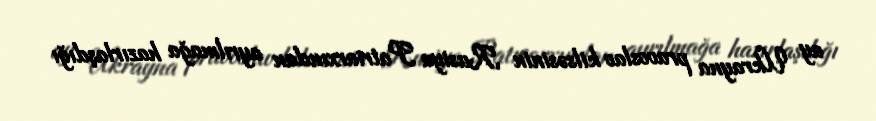
ay Ukrayna pravoslav kilsəsinin Rusiya Patriarxından ayrılmağa hazırlaşdığı